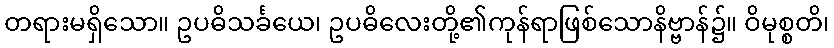
တရားမရှိသော။ ဥပဓိသင်္ခယေ၊ ဥပဓိလေးတို့၏ကုန်ရာဖြစ်သောနိဗ္ဗာန်၌။ ဝိမုစ္စတိ၊